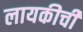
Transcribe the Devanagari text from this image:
लायकीची